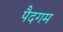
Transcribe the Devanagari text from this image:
पैदगम